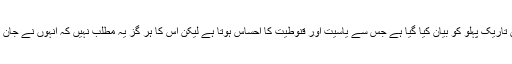
اگرچہ اس افسانے میں تاریک پہلو کو بیان کیا گیا ہے جس سے یاسیت اور قنوطیت کا احساس ہوتا ہے لیکن اس کا ہر گز یہ مطلب نہیں کہ انہوں نے جان بوجھ کر ایسا کیا ہے ۔